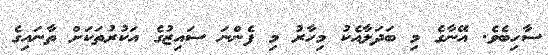
ސާހިބެވެ. އޭނާގެ މި ބަދަލާއެކު މިހާރު މި ފެންނަ ސައިޒުގެ އަކުރުތަކަށް ތާނައިގެ